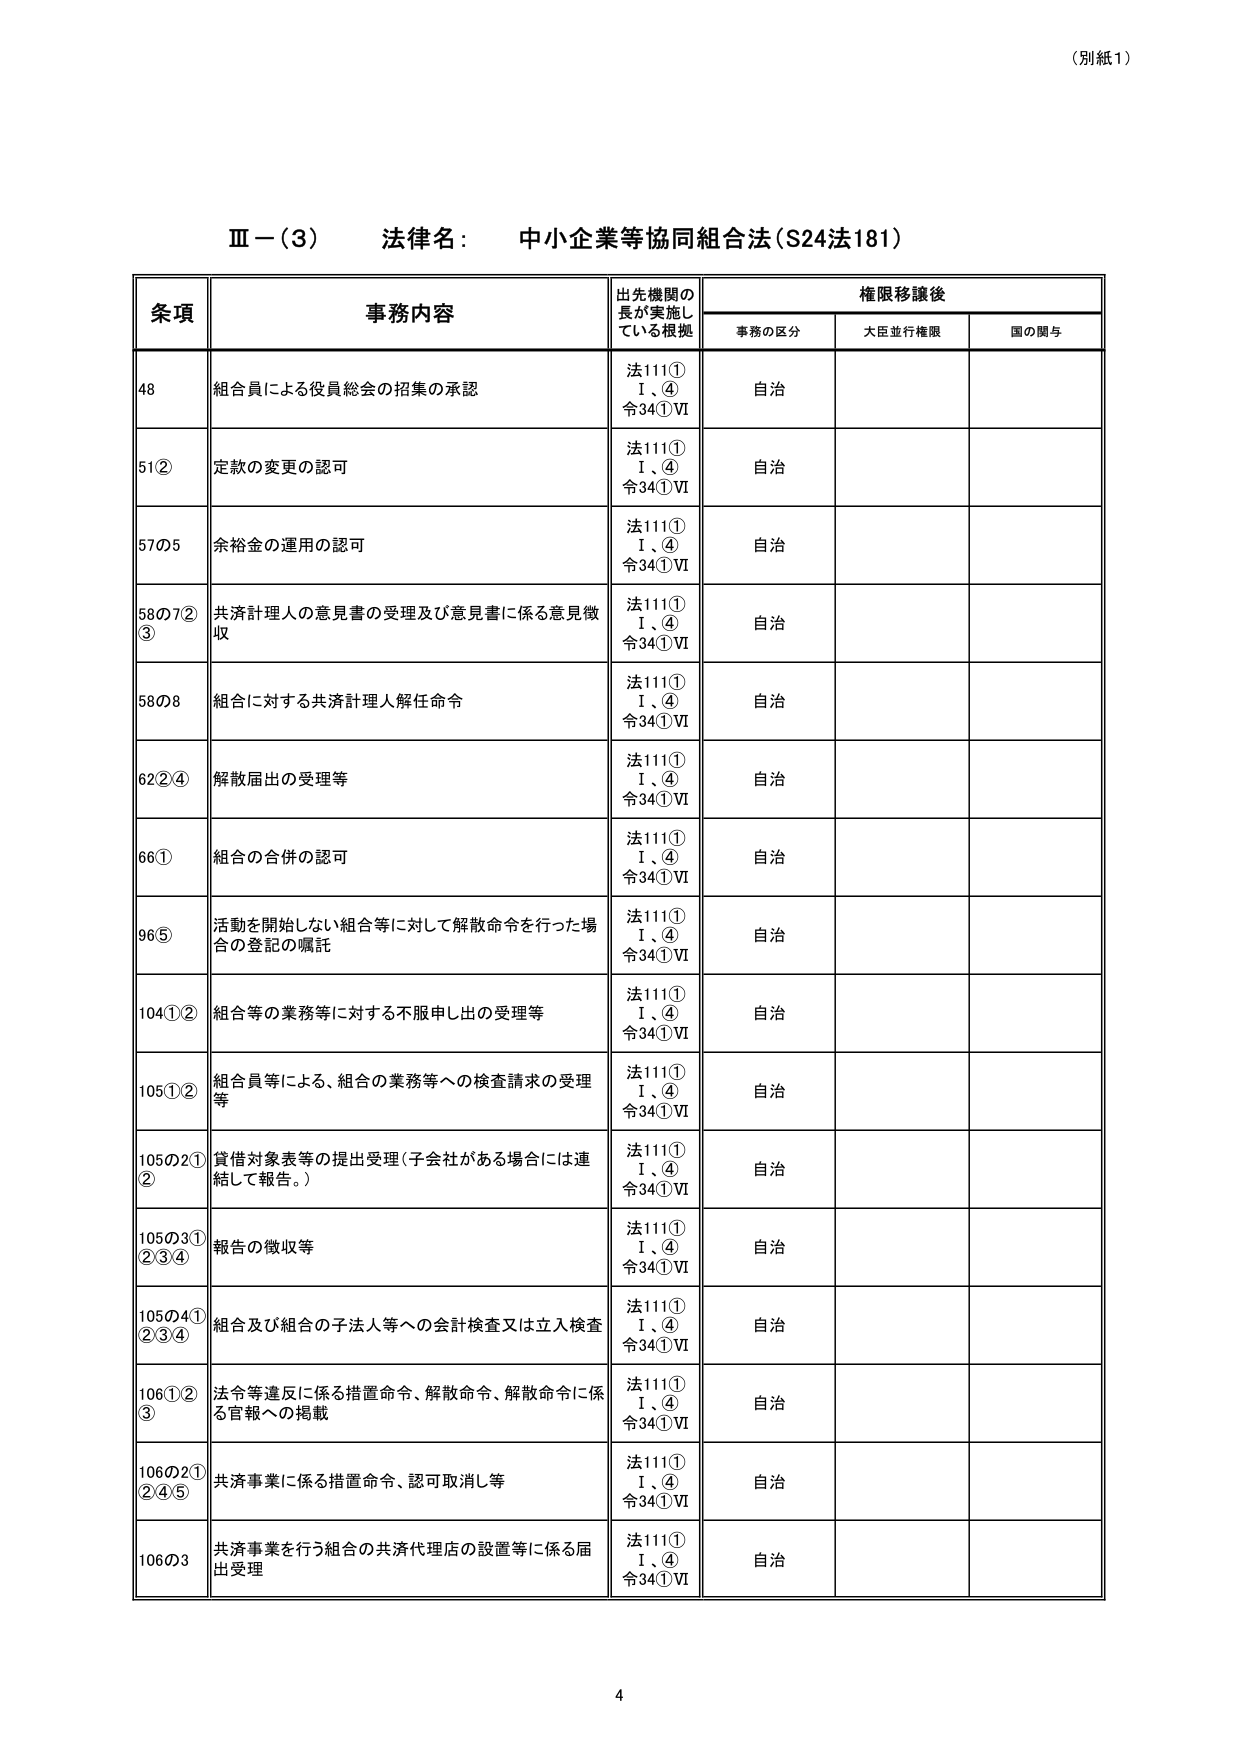
（別紙1）

Ⅲ－（3） 法律名： 中小企業等協同組合法（S24法181）

条項 事務内容 出先機関の長が実施している根拠 権限移譲後